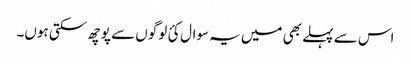
اس سے پہلے بھی میں یہ سوال کئ لوگوں سے پوچھ سکتی ہوں۔